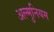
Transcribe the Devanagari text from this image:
अल्‍मुनियम